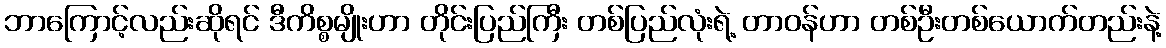
ဘာကြောင့်လည်းဆိုရင် ဒီကိစ္စမျိုးဟာ တိုင်းပြည်ကြီး တစ်ပြည်လုံးရဲ့ တာဝန်ဟာ တစ်ဦးတစ်ယောက်တည်းနဲ့